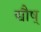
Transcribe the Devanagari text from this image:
द्यौष्